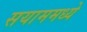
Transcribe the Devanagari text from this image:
सयाममध्ये